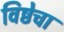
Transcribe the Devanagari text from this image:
विष्ठेचा